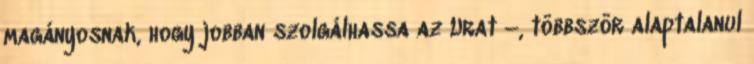
magányosnak, hogy jobban szolgálhassa az Urat –, többször alaptalanul